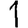
Digit: 1